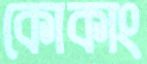
কোকাং